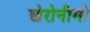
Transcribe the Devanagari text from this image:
खेरोनीमो